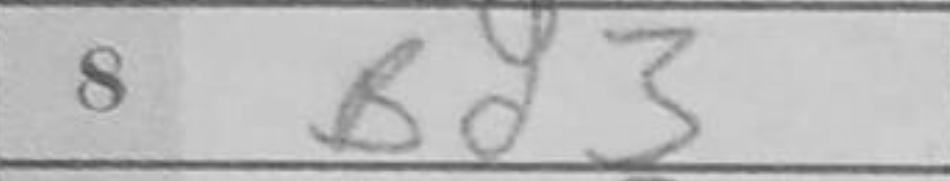
Transcription: Bd3